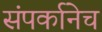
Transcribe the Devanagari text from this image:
संपर्कानेच